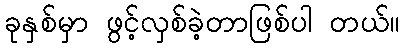
ခုနှစ်မှာ ဖွင့်လှစ်ခဲ့တာဖြစ်ပါ တယ်။